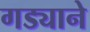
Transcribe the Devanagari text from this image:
गड्याने